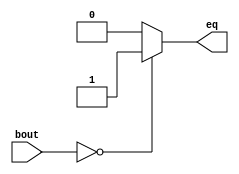
`timescale 1ns / 1ps
//////////////////////////////////////////////////////////////////////////////////
// Company: 
// Engineer: 
// 
// Design Name: 
// Module Name: eqz
// Project Name: 
// Target Devices: 
// Tool Versions: 
// Description: 
// 
// Dependencies: 
// 
// Revision:
// Revision 0.01 - File Created
// Additional Comments:
// 
//////////////////////////////////////////////////////////////////////////////////


module eqz(eq,bout );
input [31:0] bout;
output reg eq;
always @(*)
begin
if(bout ==32'd0)
   eq=1'b1;
else 
   eq=1'b0;
end
endmodule